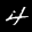
Label: 4